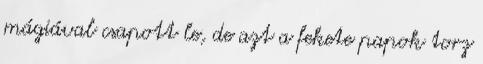
mágiával csapott le, de azt a fekete papok torz